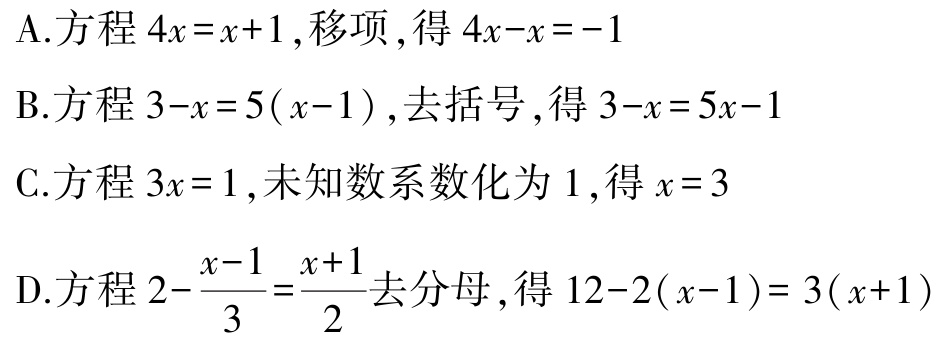
A.方程\(4x = x + 1\),移项,得\(4x - x = -1\)

B.方程\(3 - x = 5(x - 1)\),去括号,得\(3 - x = 5x - 1\)

C.方程\(3x = 1\),未知数系数化为\(1\),得\(x = 3\)

D.方程\(2 - \frac{x - 1}{3} = \frac{x + 1}{2}\)去分母,得\(12 - 2(x - 1) = 3(x + 1)\)